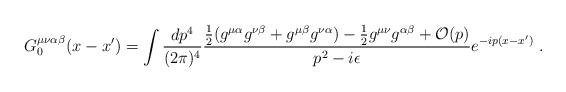
LaTeX: \begin{align*}G_0^{\mu\nu\alpha\beta}(x - x') = \int {dp^4\over (2\pi)^4} {{1\over2}(g^{\mu\alpha}g^{\nu\beta} + g^{\mu\beta}g^{\nu\alpha}) - {1\over2}g^{\mu\nu}g^{\alpha\beta}+{\cal O}(p) \over p^2 - i\epsilon} e^{-ip(x - x')}~.\end{align*}